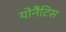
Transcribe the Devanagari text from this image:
योनैटिस